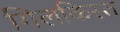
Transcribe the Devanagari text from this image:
गिलकिस्त